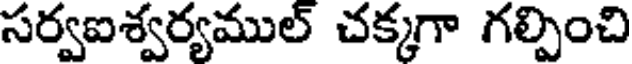
సర్వఐశ్వర్యముల్ చక్కగా గల్పించి